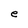
Character: e